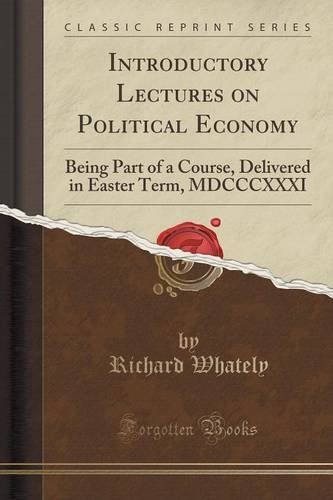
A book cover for Introductory Lectures on Political Economy: Being Part of a Course, Delivered in Easter Term, MDCCCXXXI (Classic Reprint); Richard Whately; Literature & Fiction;